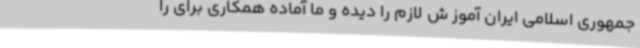
جمهوری اسلامی ایران آموز ش لازم را دیده و ما آماده همکاری برای را